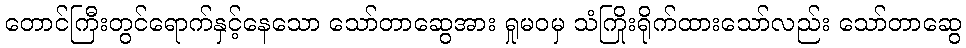
တောင်ကြီးတွင်ရောက်နှင့်နေသော သော်တာဆွေအား ရှုမဝမှ သံကြိုးရိုက်ထားသော်လည်း သော်တာဆွေ